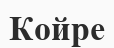
Койре